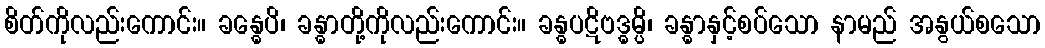
စိတ်ကိုလည်းကောင်း။ ခန္ဓေပိ၊ ခန္ဓာတို့ကိုလည်းကောင်း။ ခန္ဓပဋိဗဒ္ဓမ္ပိ၊ ခန္ဓာနှင့်စပ်သော နာမည် အနွယ်စသော